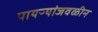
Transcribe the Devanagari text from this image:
पायऱ्यांजवळीन